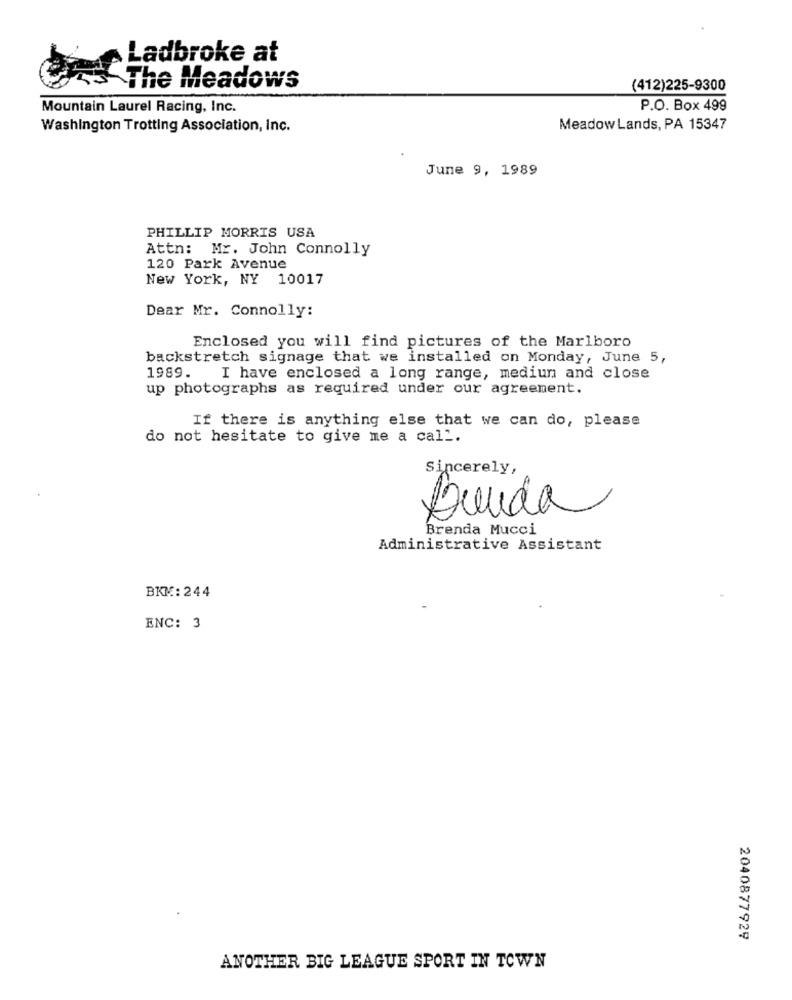
Ladbroke at
The Meadows
(412)225-9300
Mountain Laurel Racing, Inc.
P.O. Box 499
Washington Trotting Association, Inc.
Meadow Lands, PA 15347
June 9, 1989
PHILLIP MORRIS USA
Attn: Mr. John Connolly
120 Park Avenue
New York, NY 10017
Dear Mr. Connolly:
Enclosed you will find pictures of the Marlboro
backstretch signage that we installed on Monday, June 5,
1989. I have enclosed a long range, mediun and close
up photographs as required under our agreement.
If there is anything else that we can do, please
do not hesitate to give me a call.
Sincerely,
Lunda
Brenda Mucci
Administrative Assistant
BKM: 244
ENC: 3
2040877929
ANOTHER BIG LEAGUE SPORT IN TOWN